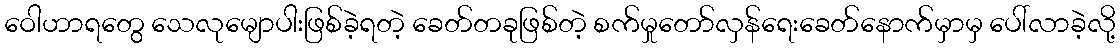
ဝေါဟာရတွေ သေလုမျောပါးဖြစ်ခဲ့ရတဲ့ ခေတ်တခုဖြစ်တဲ့ စက်မှုတော်လှန်ရေးခေတ်နောက်မှာမှ ပေါ်လာခဲ့လို့